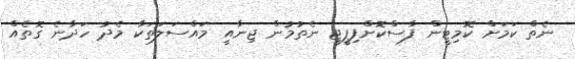
ނެތް ކަމަށް ކޮމިޓީން ފާސްކޮށްފިޕީޖީ ނެތުމުން ޖިނާއީ މައްސަލަތަކާ މެދު ހަދާނެ ގޮތެއް